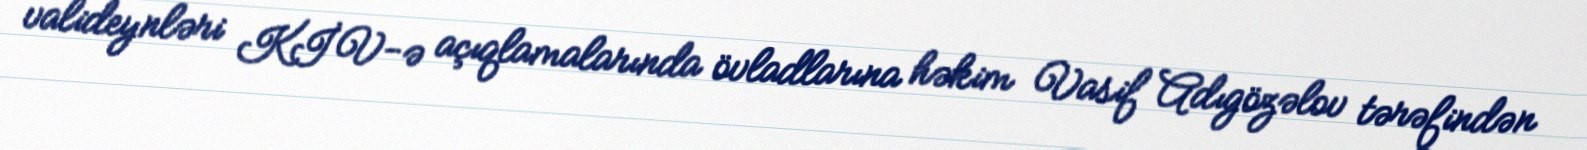
valideynləri KİV-ə açıqlamalarında övladlarına həkim Vasif Adıgözəlov tərəfindən